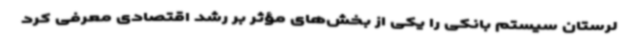
لرستان سیستم بانکی را یکی از بخش‌های مؤثر بر رشد اقتصادی معرفی کرد